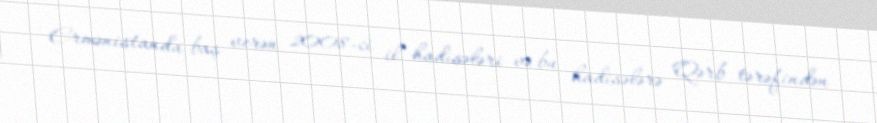
Ermənistanda baş verən 2008-ci il hadisələri və bu hadisələrə Qərb tərəfindən